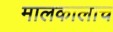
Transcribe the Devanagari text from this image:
मालकालाच